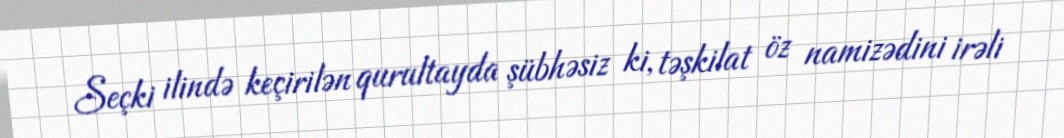
Seçki ilində keçirilən qurultayda şübhəsiz ki, təşkilat öz namizədini irəli